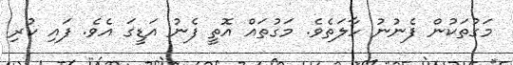
މަގުތަކުން ފެނުނު ހާލަތެވެ. މަގުތައް އޮތީ ފެނު އަޑީގަ އެވެ. ފައި ކުރި